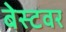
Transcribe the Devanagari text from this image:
बेस्टवर